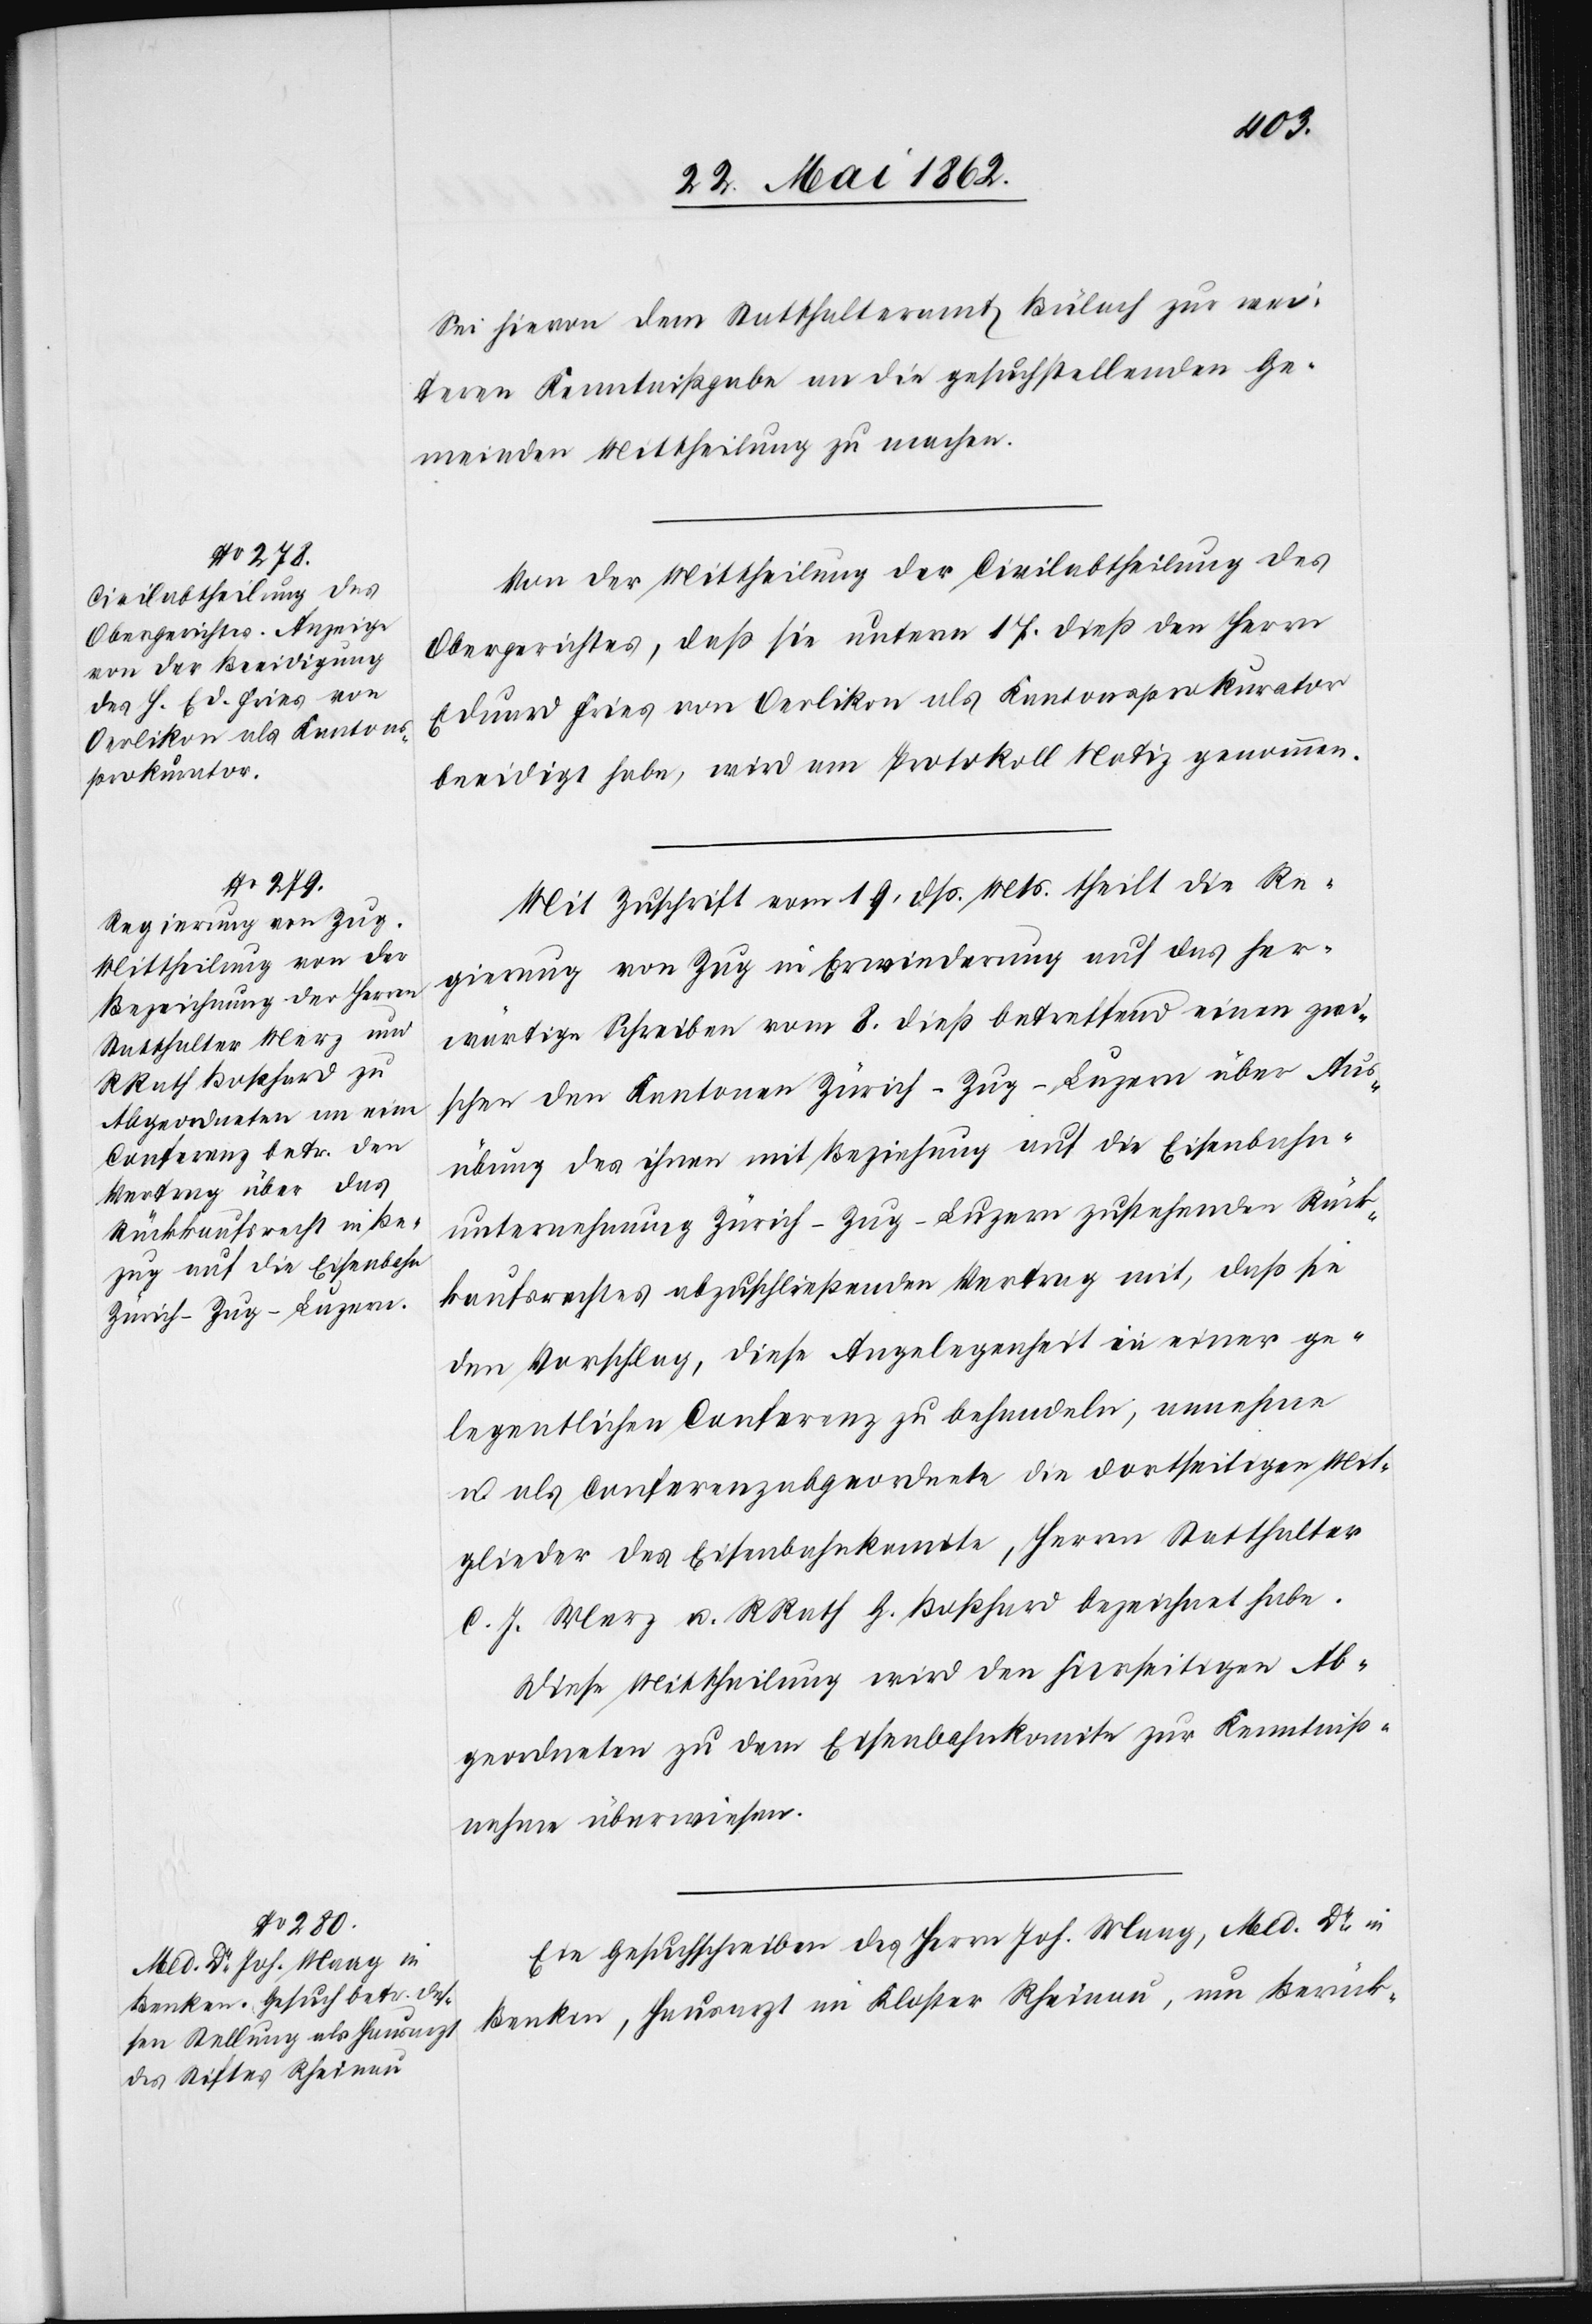
Sei hievon dem Statthalteramt Bülach zur wei¬
teren Kenntnißgabe an die gesuchstellenden Ge¬
meinden Mittheilung zu machen.
Von der Mittheilung der Civilabtheilung des
Obergerichtes, daß sie unterm 17. dieß den Herrn
Eduard Fries von Oerlikon als Kantonsprokurator
beeidigt habe, wird am Protokoll Notiz genommen.
Mit Zuschrift vom 19. dß. Mts. theilt die Re¬
gierung von Zug in Erwiederung auf das her¬
wärtige Schreiben vom 8. dieß betreffend einen zwi¬
schen den Kantonen Zürich–Zug–Luzern über Aus¬
übung des ihnen mit Beziehung auf die Eisenbahn¬
unternehmung Zürich–Zug–Luzern zustehenden Rück¬
kaufsrechtes abzuschließenden Vertrag mit, daß sie
den Vorschlag, diese Angelegenheit in einer ge¬
legentlichen Conferenz zu behandeln, annehme
u. als Conferenzabgeordnete die dortseitigen Mit¬
glieder des Eisenbahnkomite, Herrn Statthalter
C. J. Merz u. RRath G. Boßhard bezeichnet habe.
Diese Mittheilung wird den hierseitigen Ab¬
geordneten zu dem Eisenbahnkomite zur Kenntniß¬
nahme überwiesen.
Ein Gesuchschreiben des Herrn Joh. Maag, Med. Dr. in
Benken, Hausarzt im Kloster Rheinau, um Berück-